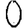
Digit: 0